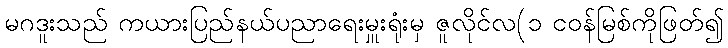
မဂဒူးသည် ကယားပြည်နယ်ပညာရေးမှူးရုံးမှ ဇူလိုင်လ(၁ ငဝန်မြစ်ကိုဖြတ်၍